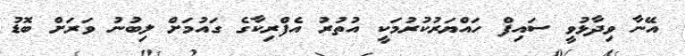
އޭނާ ވިދާޅުވީ ސައިފް ހައްޔަރުކުރުމަކީ އުތުރު އެފްރިކާގެ ގައުމަށް ލިބުނު ވަރަށް ބޮޑު